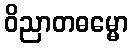
ဝိညာတဓမ္မော